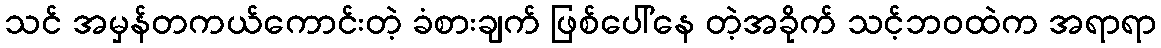
သင် အမှန်တကယ်ကောင်းတဲ့ ခံစားချက် ဖြစ်ပေါ်နေ တဲ့အခိုက် သင့်ဘဝထဲက အရာရာ